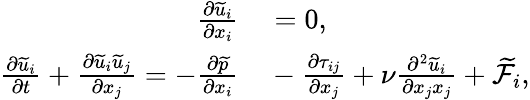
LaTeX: \begin{array}{rl}{\frac{\partial{\widetilde{u}}_{i}}{\partial x_{i}}}&{{}=0,}\\ {\frac{\partial{\widetilde{u}}_{i}}{\partial t}+\frac{\partial{\widetilde{u}}_{i}{\widetilde{u}}_{j}}{\partial x_{j}}=-\frac{\partial\widetilde{p}}{\partial x_{i}}}&{{}-\frac{\partial\tau_{ij}}{\partial x_{j}}+\nu\frac{\partial^{2}{\widetilde{u}}_{i}}{\partial x_{j}x_{j}}+{\widetilde{\mathcal{F}}}_{i},}\end{array}